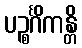
ပဉ္စင်္ဂိကန္တိ